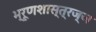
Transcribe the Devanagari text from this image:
भ्रूणशास्त्रज्ञ